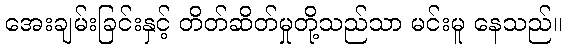
အေးချမ်းခြင်းနှင့် တိတ်ဆိတ်မှုတို့သည်သာ မင်းမူ နေသည်။